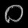
Digit: ၀